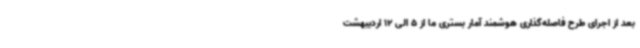
بعد از اجرای طرح فاصله‌گذاری هوشمند آمار بستری ما از 5 الی 12 اردیبهشت